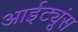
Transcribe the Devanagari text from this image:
आईट्यूंस